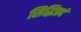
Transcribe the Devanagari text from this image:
सिद्धिप्रदं